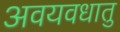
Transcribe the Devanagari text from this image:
अवयवधातु